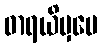
ဓာရယိမှပေ